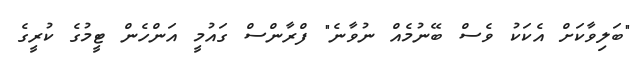
"ބަލިވާކަށް އެކަކު ވެސް ބޭނުމެއް ނުވާނެ" ފްރާންސް ގައުމީ އަންހެން ޓީމުގެ ކުރީގެ